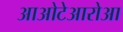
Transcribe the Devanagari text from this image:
आओटेआरोआ